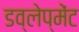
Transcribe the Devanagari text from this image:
डव्लेप्मेंट